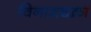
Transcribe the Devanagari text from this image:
विनाशचक्रा